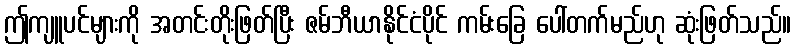
ဤကျူပင်များကို အတင်းတိုးဖြတ်ပြီး ဇမ်ဘီယာနိုင်ငံပိုင် ကမ်းခြေ ပေါ်တက်မည်ဟု ဆုံးဖြတ်သည်။